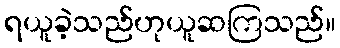
ရယူခဲ့သည်ဟုယူဆကြသည်။